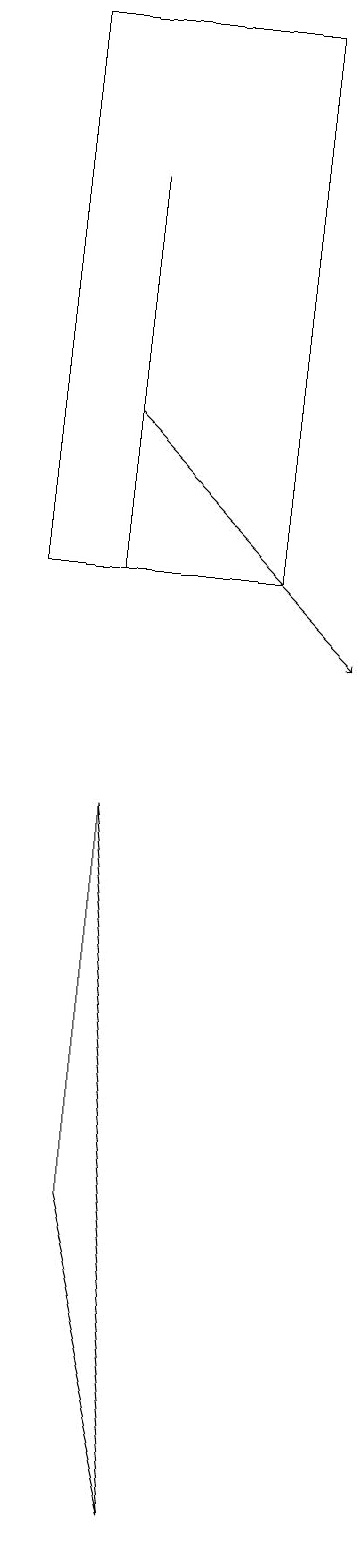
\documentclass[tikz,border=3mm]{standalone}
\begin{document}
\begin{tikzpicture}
\draw (2,4) -- (3,0) -- (2,9) -- cycle;
\draw (2,12) rectangle (2,17);
\draw[->] (2,14) -- (5,11);
\draw (4,12) rectangle (1,19);
\draw (5,14) rectangle (5,18);
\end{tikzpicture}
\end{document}